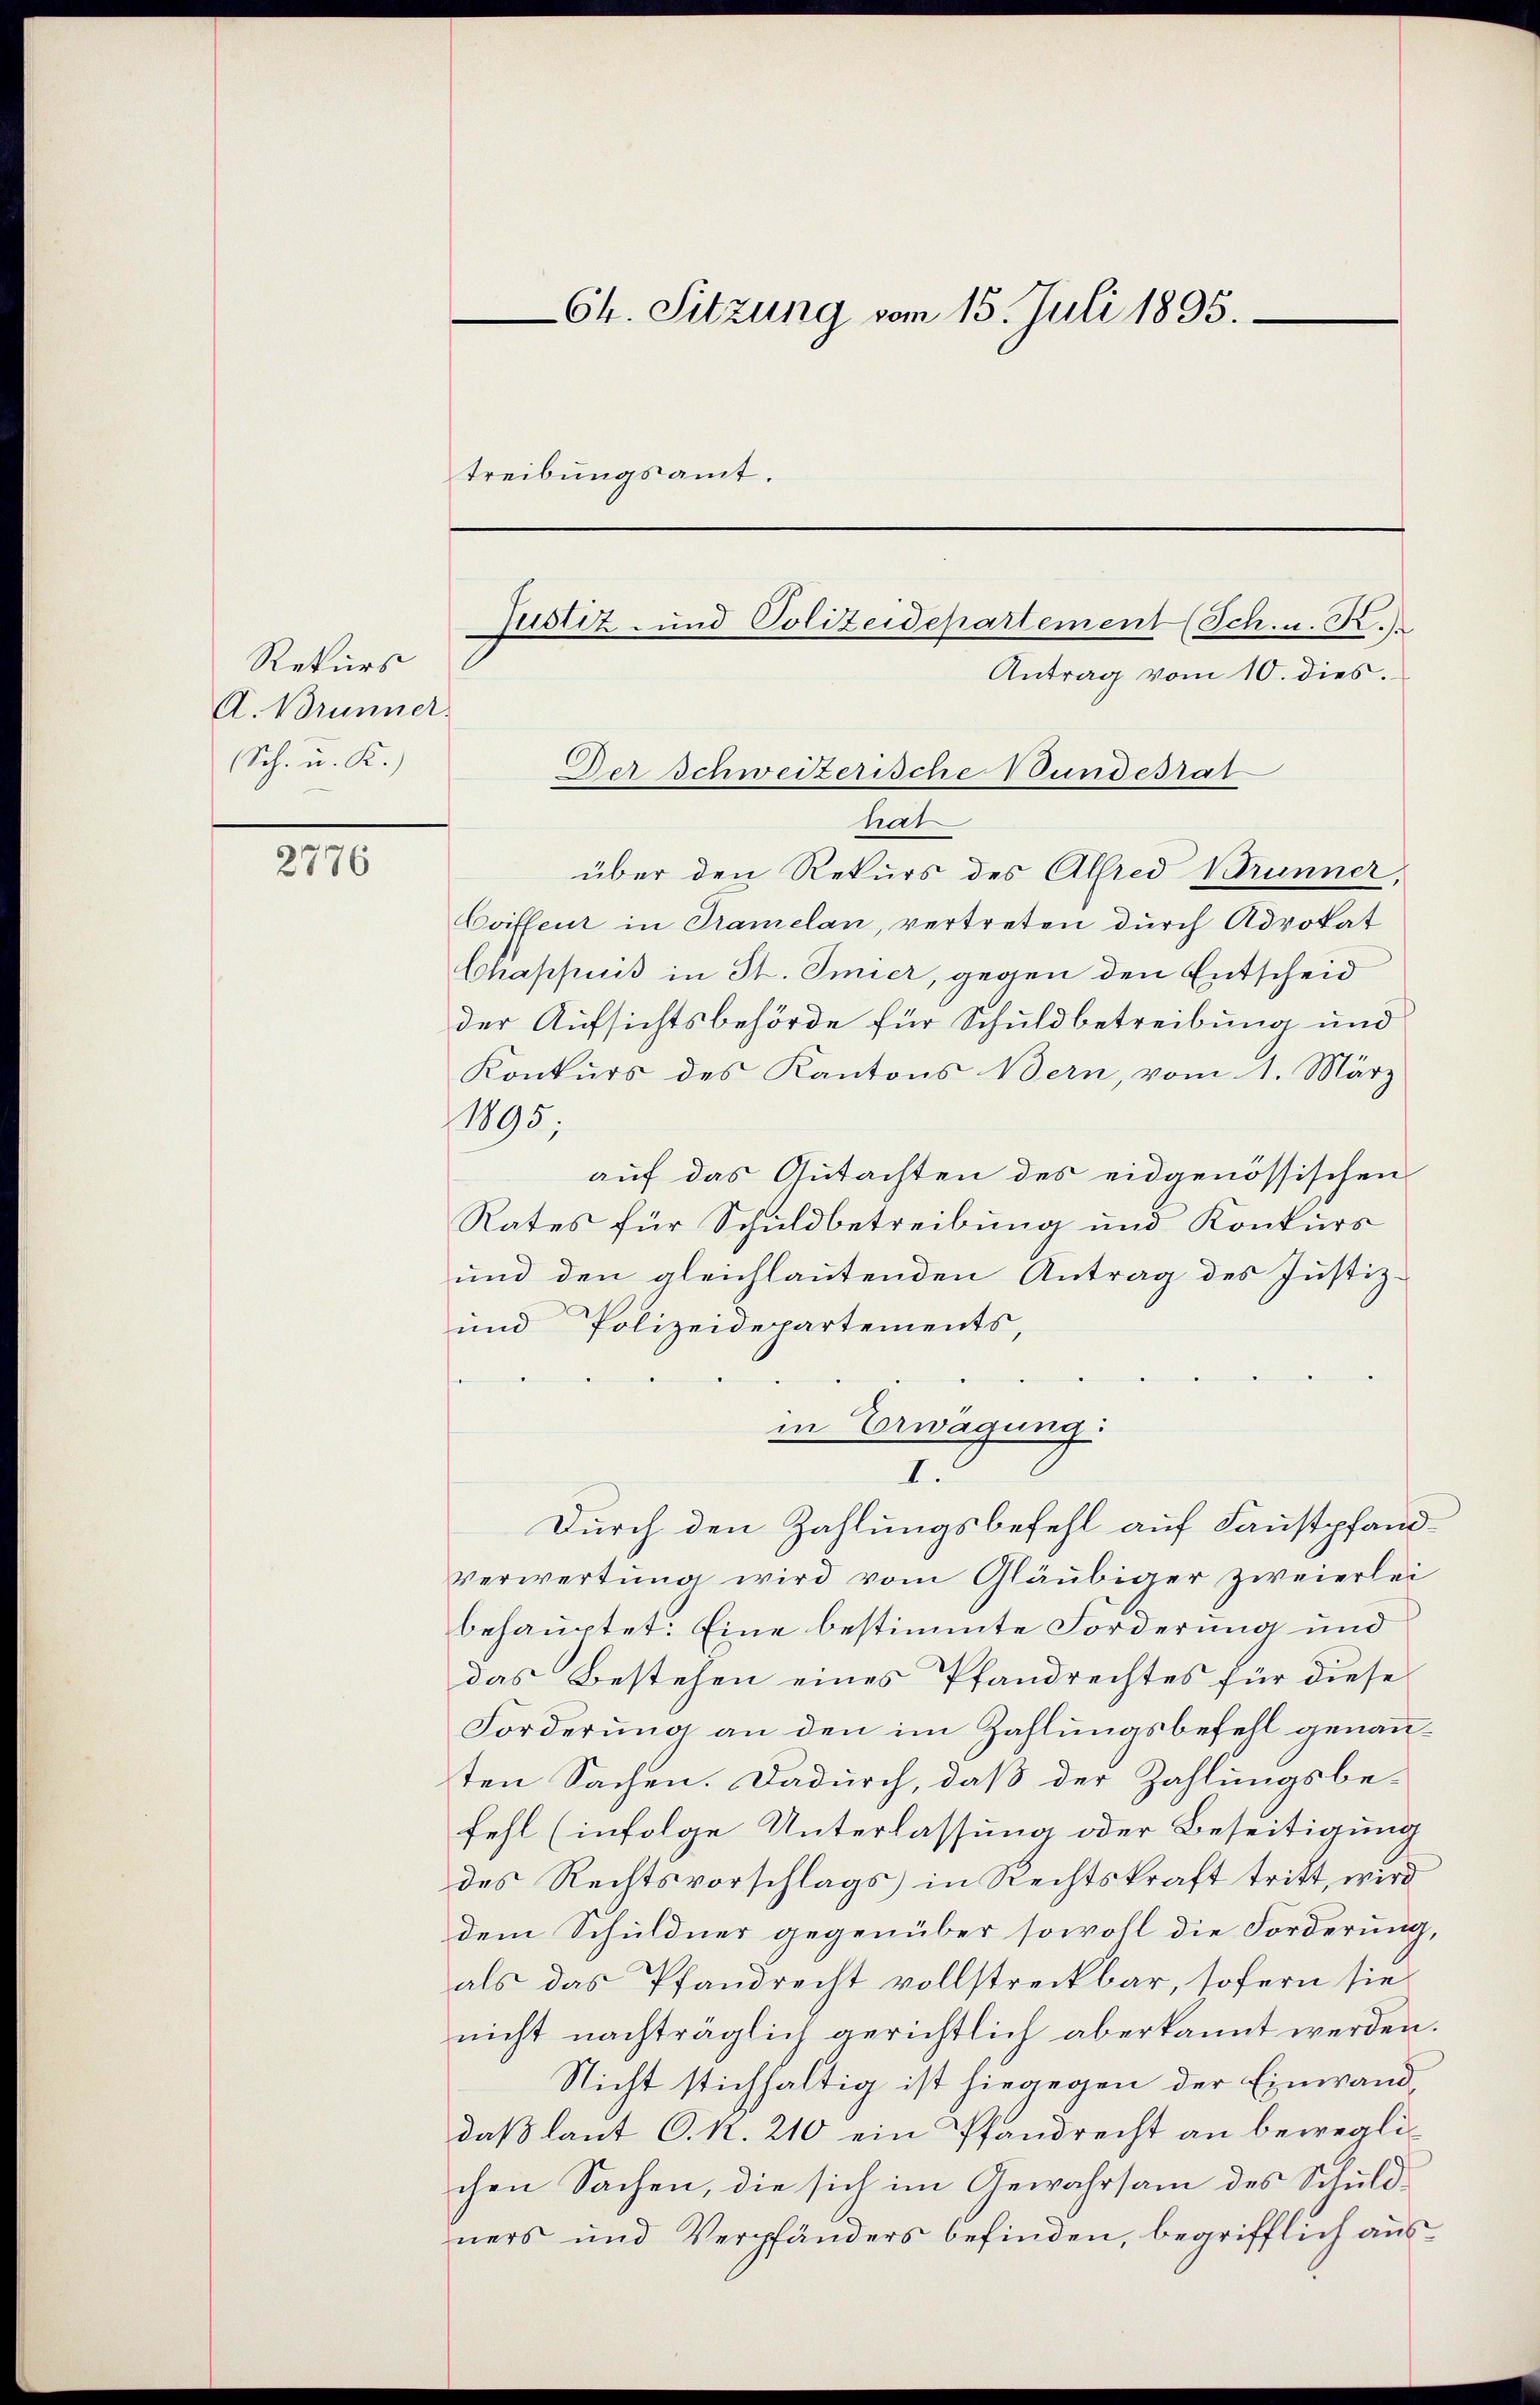
Rekurs
A. Brunner.
Sch. u. K.)

2776

Ch. Sitzung vom 15. Juli 1895.
treibungsamt.

hat
über den Rekurs des Alfred Brunner,
Coiffeur in Tramelan, vertreten durch Advokat
Chappuis in St. Imier, gegen den Entscheid
der Aufsichtsbehörde für Schuldbetreibung und
Konkurs des Kantons Bern, vom 1. März
1895.
auf das Gutachten des eidgenössischen
Rates für Schuldbetreibung und Konkurs
und den gleichlautenden Antrag des Justiz¬
und Polizeidepartements,
in Erwägung
I.
Durch den Zahlungsbefehl auf Faustpfand¬
Verwertung wird vom Gläubiger zweierlei
behauptet. Eine bestimmte Forderung und
das Bestehen eines Pfandrechtes für diese
Forderung an den im Zahlungsbefehl genannten Sachen. Dadurch, daß der Zahlungsbe-
fehl (infolge Unterlassung oder Beseitigung
des Rechtsvorschlags in Rechtskraft tritt, wird
dem Schuldner gegenüber sowohl die Forderung,
als das Pfandrecht vollstreckbar, sofern sie
nicht nachträglich gerichtlich aberkannt werden.
Nicht stichhaltig ist hiegegen der Einwand
daß laut C. R. 210 ein Pfandrecht an beweglichen Sachen, die sich im Gewahrsam des Schuldners und Verpfänders befinden, begrifflich aus¬

Justiz- und Polizeidepartement (Sch. u. R.)
Antrag vom 10. dies.
Der Schweizerische Bundesrat